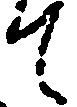
て